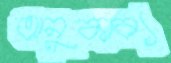
অনুকাব্য